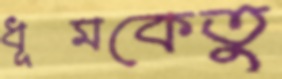
ধূমকেতুু